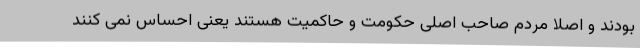
بودند و اصلا مردم صاحب اصلی حکومت و حاکمیت هستند یعنی احساس نمی کنند